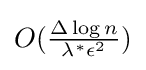
{\textstyle O({\frac {\Delta \log n}{\lambda ^{*}\epsilon ^{2}}})}